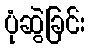
ပုံဆွဲခြင်း